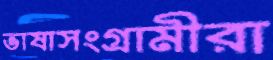
ভাষাসংগ্রামীরা